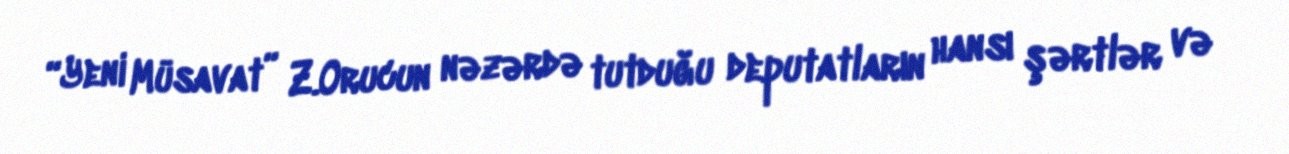
“Yeni Müsavat” Z.Orucun nəzərdə tutduğu deputatların hansı şərtlər və